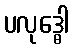
ပလုဒ္ဓေါ